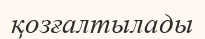
қозғалтылады